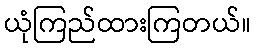
ယုံကြည်ထားကြတယ်။